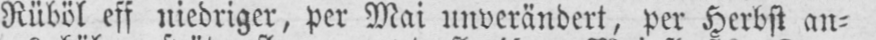
Rüböl eff niedriger, per Mai unverändert, per Herbst an⸗